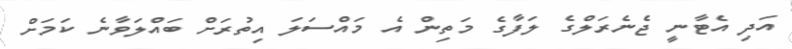
އަދި އެޓާނީ ޖެނެރަލްގެ ލަފާގެ މަތިން އެ މައްސަލަ އިތުރަށް ބައްލަވާނެ ކަމަށް